Eesti_Vabariigi_Tartu_Ulikool, lk 282
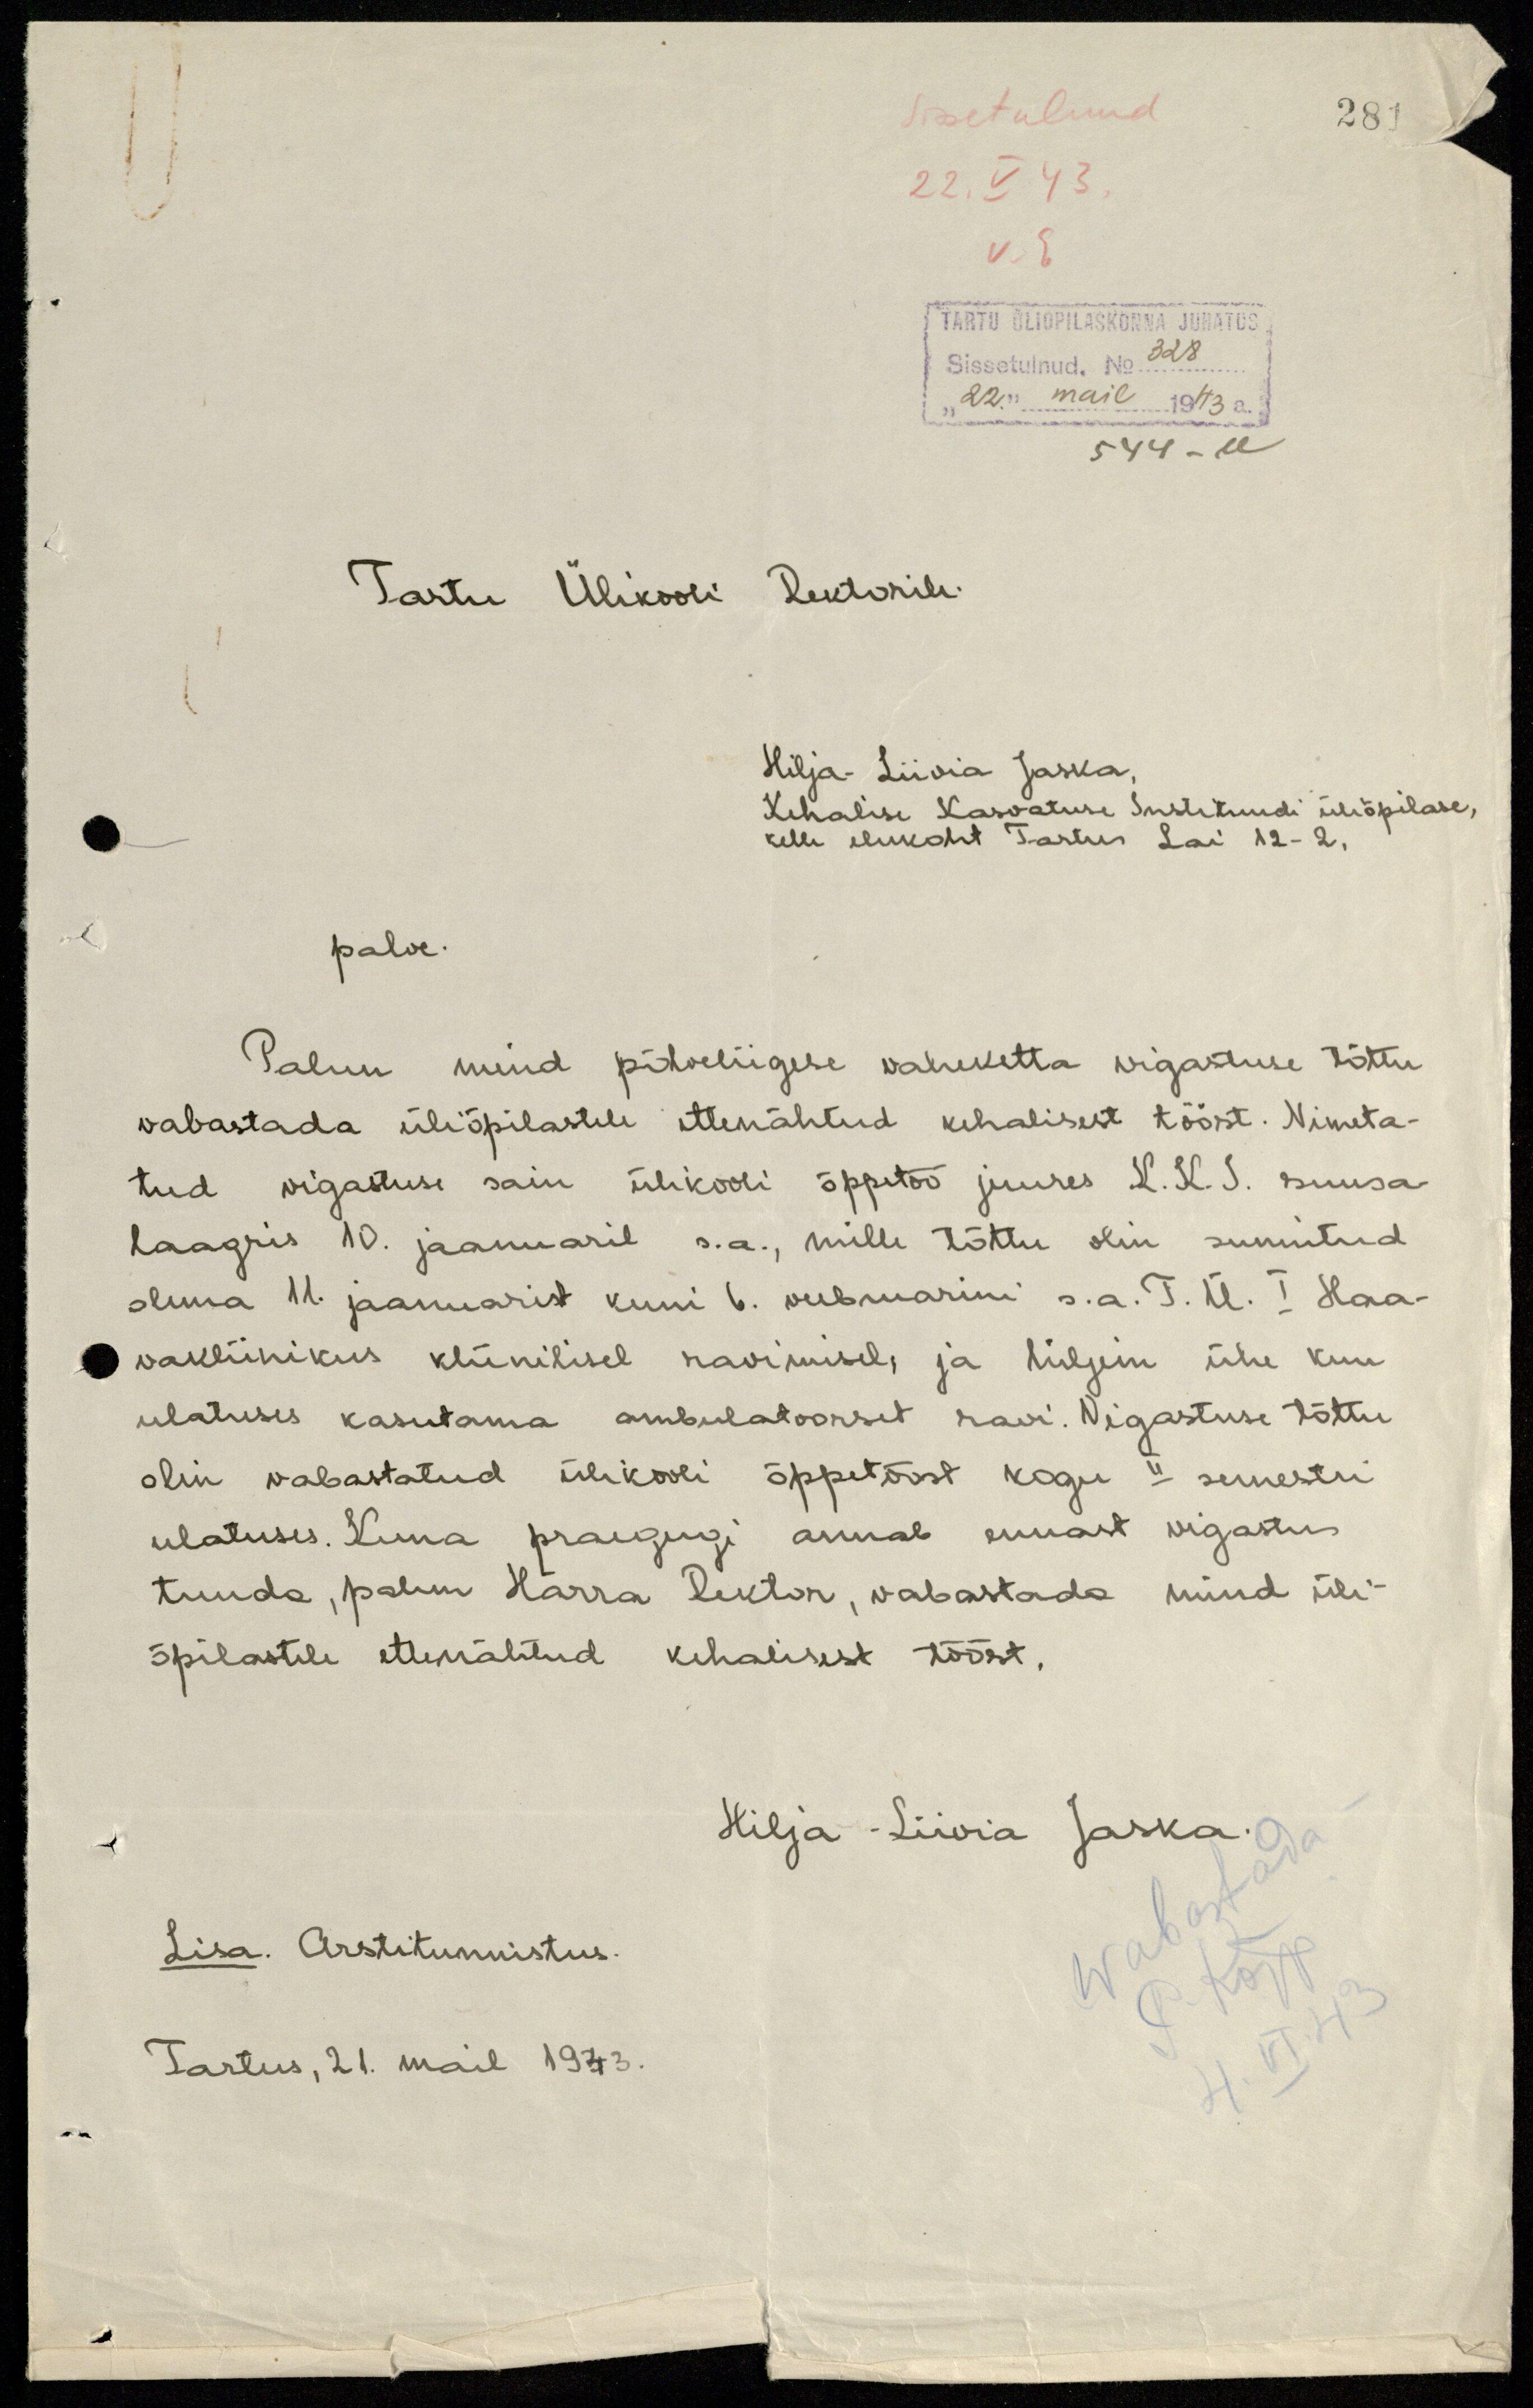
281
Sissetulnud
22. V 43.
V. E
TARTU ÜLIÕPILASKONNA JUHATUS
Sissetulnud. No 328
"22." mail 1943 a.
544-M
Tartu Ülikooli Rektorile.
Hilja-Liivia Jaska,
Kehalise Kasvatuse Instituudi üliõpilase,
kelle elukoht Tartus Lai 12-2,
palve.
Palun mind põlveliigese vaheketta vigastuse tõttu
vabastada üliõpilastele ettenähtud kehalisest tööst. Nimeta-
tud vigastuse sain ülikooli õppetöö juures K.K.S. suusa-
laagris 10. jaanuaril s.a., mille tõttu olin sunnitud
olema 11. jaanuarist kuni 6. veebruarini s.a. T. Ü. I Haa-
vakliinikus kliinilisel ravimisel, ja hiljem ühe kuu
ulatuses kasutama ambulatoorset ravi. Vigastuse tõttu
olin vabastatud ülikooli õppetööst kogu II semestri
ulatuses. Kuna praegugi annab ennast vigastus
tunda, palun Härra Rektor, vabastada mind üli-
õpilastele ettenähtud kehalisest tööst.
Hilja - Liivia Jaska.
Lisa. Arstitunnistus.
Tartus, 21. mail 1943.
Wabastada
P. Kõpp
4. VI. 43